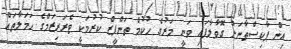
އިން ޕާކިސްތާނަށް ގޮވާލާފައި ވަނީ މަރުގެ ހުކުމް ތަންފީޒް ކުރުމަކީ ޓެރަރިޒަމްގެ ހަމަލާތައް